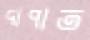
দাপাত